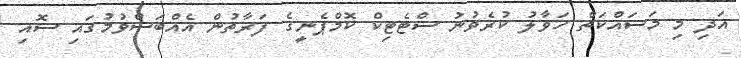
އަދި މި މަސައްކަތް ހަވާލު ކުރެވުނު ސްޓެޓިކް ކޮމްޕެނީގެ ފަރާތުން އެއްބަސްވުމުގައި ސޮއި